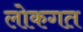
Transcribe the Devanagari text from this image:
लोकगत